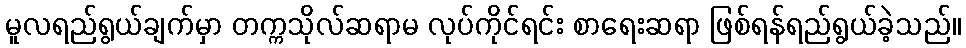
မူလရည်ရွယ်ချက်မှာ တက္ကသိုလ်ဆရာမ လုပ်ကိုင်ရင်း စာရေးဆရာ ဖြစ်ရန်ရည်ရွယ်ခဲ့သည်။